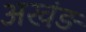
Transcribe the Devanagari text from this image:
अखंड़